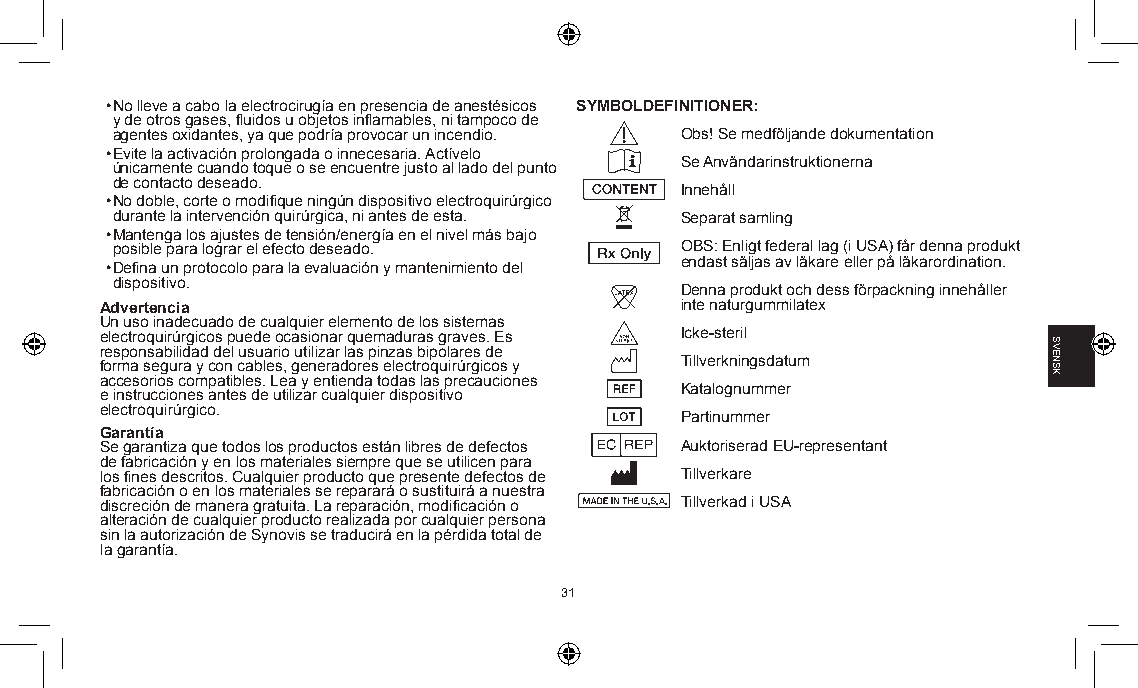
• No lleve a cabo la electrocirugía en presencia de anestésicos SYMBOLDEFINITIONER:
 y de otros gases, fluidos u objetos inflamables, ni tampoco de
 agentes oxidantes, ya que podría provocar un incendio. Obs! Se medföljande dokumentation
 • Evite la activación prolongada o innecesaria. Actívelo
 Se Användarinstruktionerna
 únicamente cuando toque o se encuentre justo al lado del punto
 de contacto deseado.
 Innehåll
 • No doble, corte o modifique ningún dispositivo electroquirúrgico
 durante la intervención quirúrgica, ni antes de esta. Separat samling
 • Mantenga los ajustes de tensión/energía en el nivel más bajo
 posible para lograr el efecto deseado. OBS: Enligt federal lag (i USA) får denna produkt
 endast säljas av läkare eller på läkarordination.
 • Defina un protocolo para la evaluación y mantenimiento del
 dispositivo.
 Denna produkt och dess förpackning innehåller
 Advertencia                           inte naturgummilatex
 Un uso inadecuado de cualquier elemento de los sistemas
 electroquirúrgicos puede ocasionar quemaduras graves. Es Icke-steril
 responsabilidad del usuario utilizar las pinzas bipolares de
 forma segura y con cables, generadores electroquirúrgicos y Tillverkningsdatum
 accesorios compatibles. Lea y entienda todas las precauciones
 e instrucciones antes de utilizar cualquier dispositivo Katalognummer
 electroquirúrgico.
 Partinummer
 Garantía
 Se garantiza que todos los productos están libres de defectos Auktoriserad EU-representant
 de fabricación y en los materiales siempre que se utilicen para
 los fines descritos. Cualquier producto que presente defectos de Tillverkare
 fabricación o en los materiales se reparará o sustituirá a nuestra
 discreción de manera gratuita. La reparación, modificación o Tillverkad i USA
 alteración de cualquier producto realizada por cualquier persona
 sin la autorización de Synovis se traducirá en la pérdida total de
 la garantía.
 31
 SVENSK